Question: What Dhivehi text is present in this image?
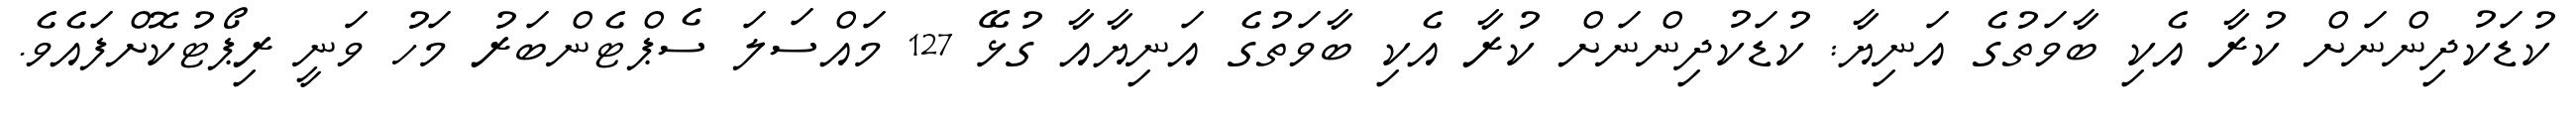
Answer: ކުޑަކުދިންނަށް ކުރާ އެކި ބާވަތުގެ އަނިޔާ: ކުޑަކުދިންނަށް ކުރާ އެކި ބާވަތުގެ އަނިޔާއާ ގުޅޭ 127 މައްސަލަ ސެޕްޓެންބަރު މަހު ވަނީ ރިޕޯޓުކޮށްފައެވެ.